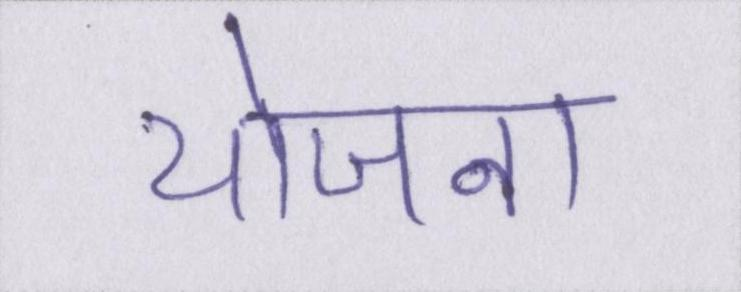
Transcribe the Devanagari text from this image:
योजना